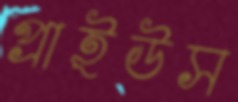
প্রাইউস